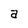
Character: a